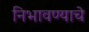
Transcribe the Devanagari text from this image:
निभावण्याचे